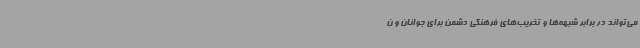
می‌تواند در برابر شبهه‌ها و تخریب‌های فرهنگی دشمن برای جوانان و ن